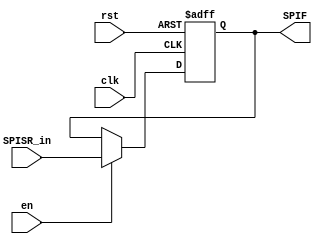
`default_nettype none

module SPISR(
    input wire clk, rst, en, 
    input wire SPISR_in,
    output reg SPIF
);

always @(posedge clk or negedge rst) begin
    if(~rst)begin
      SPIF <= 0;
    end
    else begin
        if(en) begin
          SPIF <= SPISR_in;
        end
        else begin
          SPIF <= SPIF;
        end
      
    end
end
endmodule